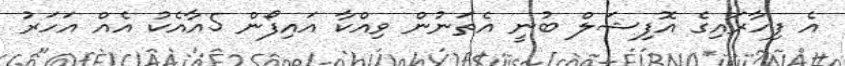
އެ ފިހާރައިގެ އޮފިޝަލް ބުނީ އެތަނުން ވިއްކާ އައިފޯން 5އާއެކު އެއް އަހަރު